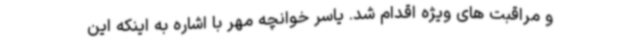
و مراقبت های ویژه اقدام شد. یاسر خوانچه مهر با اشاره به اینکه این